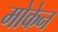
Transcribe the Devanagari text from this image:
मोकेन